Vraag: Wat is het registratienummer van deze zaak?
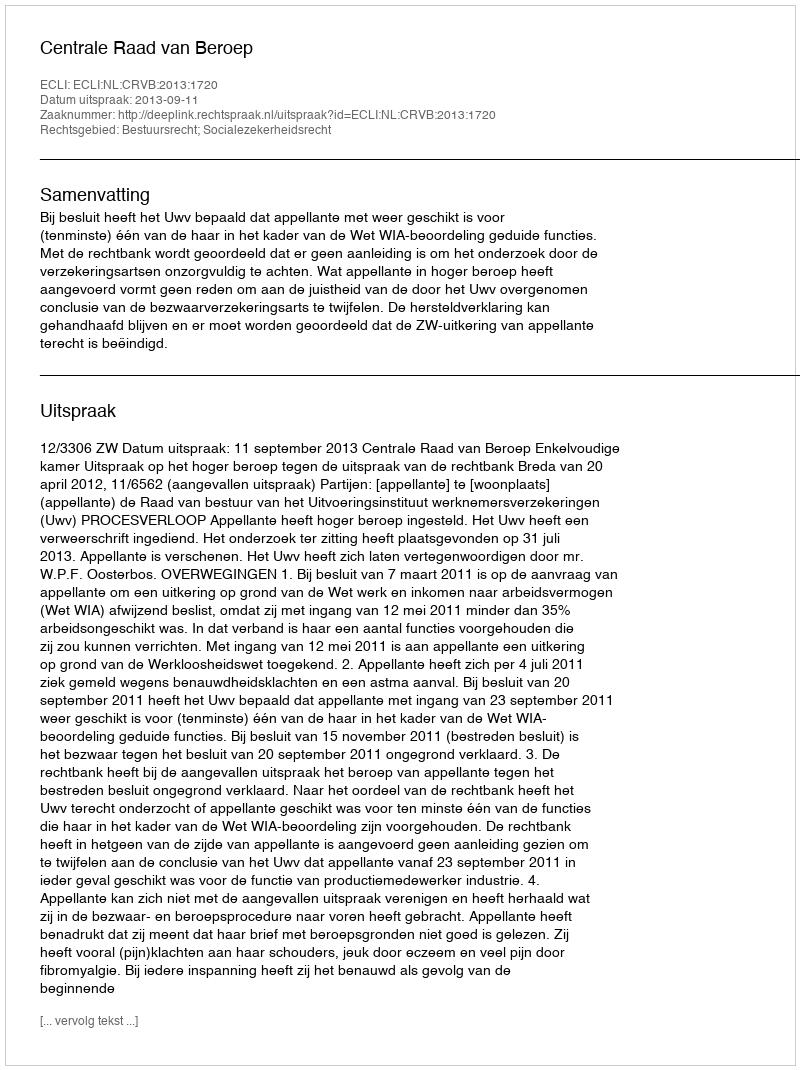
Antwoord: http://deeplink.rechtspraak.nl/uitspraak?id=ECLI:NL:CRVB:2013:1720